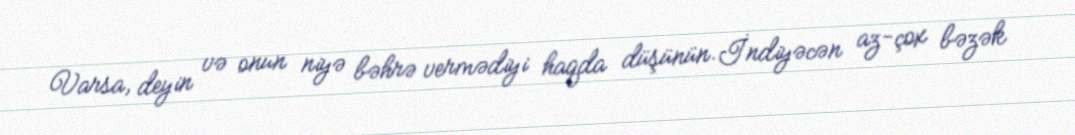
Varsa, deyin və onun niyə bəhrə vermədiyi haqda düşünün.İndiyəcən az-çox bəzək